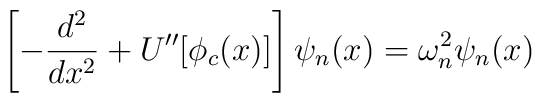
\left[-\frac{d^2}{dx^2}+U''[\phi_c(x)]\right]\psi_n(x)=\omega_n^2\psi_n(x)